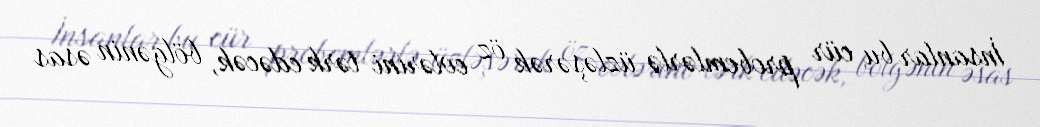
İnsanlar bu cür probemlərlə üzləşərək öz evlərini tərk edəcək, bölgənin əsas